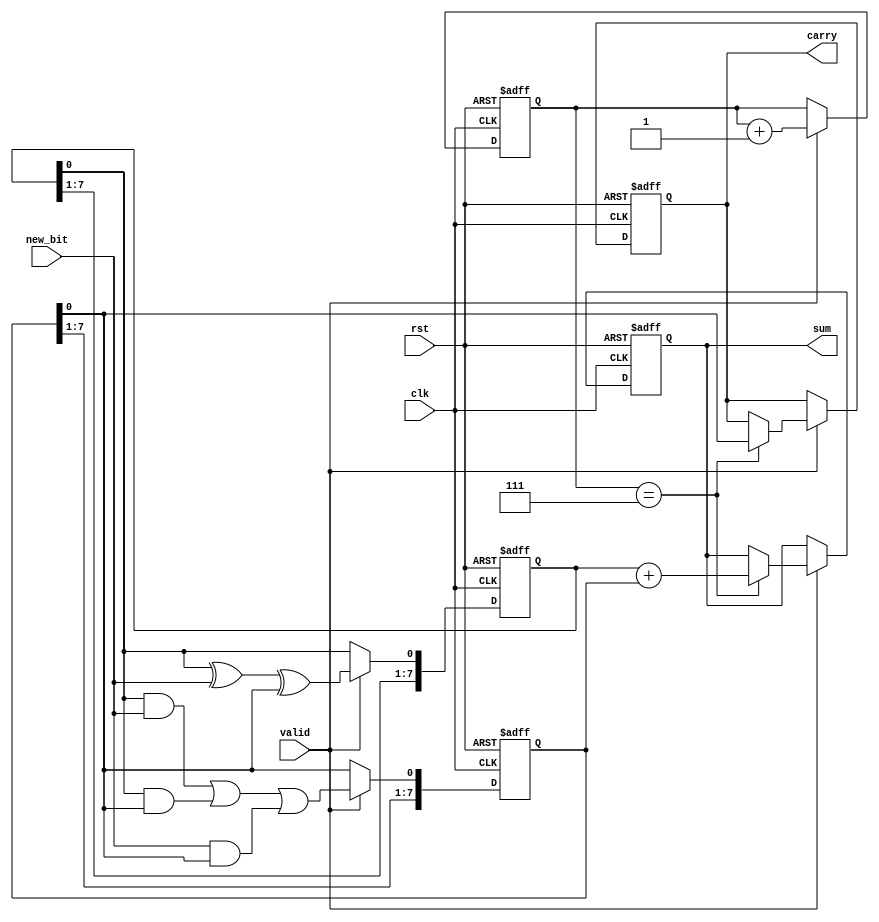
module CarrySaveAdder(
    input wire clk,
    input wire rst,
    input wire new_bit,       // Serial input bit
    input wire valid,         // Signal to indicate a valid new bit
    output reg [7:0] sum,     // Final sum output (adjust size as needed)
    output reg carry          // Final carry output
);

    // Internal registers for sum and carry
    reg [7:0] current_sum;    // Current sum
    reg [7:0] current_carry;  // Current carry
    reg [3:0] bit_count;      // Count of bits received

    // Full Adder Logic
    wire new_sum;
    wire new_carry;

    // Full adder for the incoming bit, current sum, and current carry
    assign new_sum = current_sum[0] ^ new_bit ^ current_carry[0];
    assign new_carry = (current_sum[0] & new_bit) | (current_sum[0] & current_carry[0]) | (new_bit & current_carry[0]);

    always @(posedge clk or posedge rst) begin
        if (rst) begin
            current_sum <= 8'b0;
            current_carry <= 8'b0;
            bit_count <= 4'b0;
            sum <= 8'b0;
            carry <= 1'b0;
        end else if (valid) begin
            // Shift the current sum and carry left to make room for new bits
            current_sum <= {current_sum[7:1], new_sum};
            current_carry <= {current_carry[7:1], new_carry};
            bit_count <= bit_count + 1;

            // Check if we have received all bits (for example, 8 bits)
            if (bit_count == 4'b0111) begin
                // Final addition of the last carry to the sum
                sum <= current_sum + current_carry;
                carry <= current_carry[0]; // Capture the final carry
            end
        end
    end
endmodule